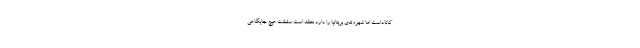
کاناداست اما شهروندی بریتانیا را دارد معتقد است سلطنت هیچ جایگاهی